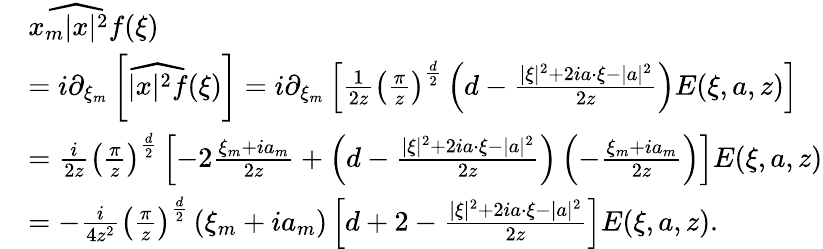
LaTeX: \begin{array}{rl}&{\widehat{x_{m}|x|^{2}f}(\xi)}\\ &{=i\partial_{\xi_{m}}\left[\widehat{|x|^{2}f}(\xi)\right]=i\partial_{\xi_{m}}\left[\frac{1}{2z}\left(\frac{\pi}{z}\right)^{\frac{d}{2}}\left(d-\frac{|\xi|^{2}+2ia\cdot\xi-|a|^{2}}{2z}\right)E(\xi,a,z)\right]}\\ &{=\frac{i}{2z}\left(\frac{\pi}{z}\right)^{\frac{d}{2}}\left[-2\frac{\xi_{m}+ia_{m}}{2z}+\left(d-\frac{|\xi|^{2}+2ia\cdot\xi-|a|^{2}}{2z}\right)\left(-\frac{\xi_{m}+ia_{m}}{2z}\right)\right]E(\xi,a,z)}\\ &{=-\frac{i}{4z^{2}}\left(\frac{\pi}{z}\right)^{\frac{d}{2}}\left(\xi_{m}+ia_{m}\right)\left[d+2-\frac{|\xi|^{2}+2ia\cdot\xi-|a|^{2}}{2z}\right]E(\xi,a,z).}\end{array}